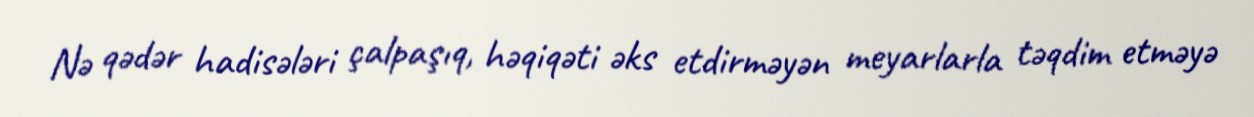
Nə qədər hadisələri çalpaşıq, həqiqəti əks etdirməyən meyarlarla təqdim etməyə